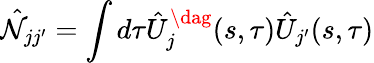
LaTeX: \hat{\cal N}_{jj^{\prime}}=\int d\tau\hat{U}_{j}^{\dag}(s,\tau)\hat{U}_{j^{\prime}}(s,\tau)